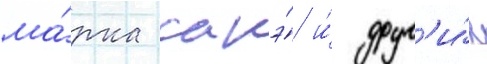
ма́рка сакэ́ и́ друг'и́х